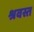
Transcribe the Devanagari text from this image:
श्रवस्त